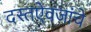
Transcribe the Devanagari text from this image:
दस्तऐवजांचे